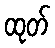
ထုတ်